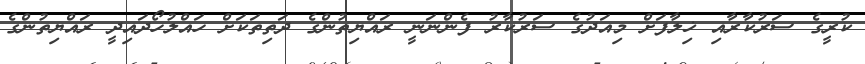
ކުރީގެ ސަރުކާރާއި ޚިލާފަށް މިއަދުގެ ސަރުކާރު ފެންނަނީ ރައްޔިތުންގެ ދަތިތަކަށް ހައްލުހޯދައިދީ ރައްޔިތުންގެ